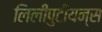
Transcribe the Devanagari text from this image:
लिलीपुटीयन्स